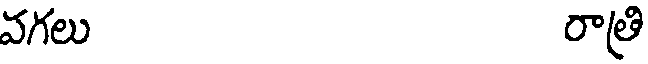
వగలు రాత్రి